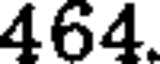
464.